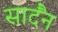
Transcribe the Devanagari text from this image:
सादैंन